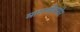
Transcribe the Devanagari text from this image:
मागणीसमोर